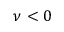
\nu < 0